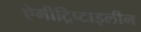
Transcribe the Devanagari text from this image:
ऐमीट्रिप्टाइलीन